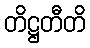
တိဋ္ဌတီတိ